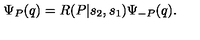
\Psi _ { P } ( q ) = R ( P | s _ { 2 } , s _ { 1 } ) \Psi _ { - P } ( q ) .